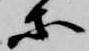
等